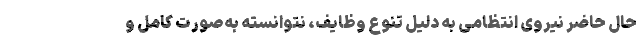
حال حاضر نیروی انتظامی به دلیل تنوع وظایف، نتوانسته به‌صورت کامل و